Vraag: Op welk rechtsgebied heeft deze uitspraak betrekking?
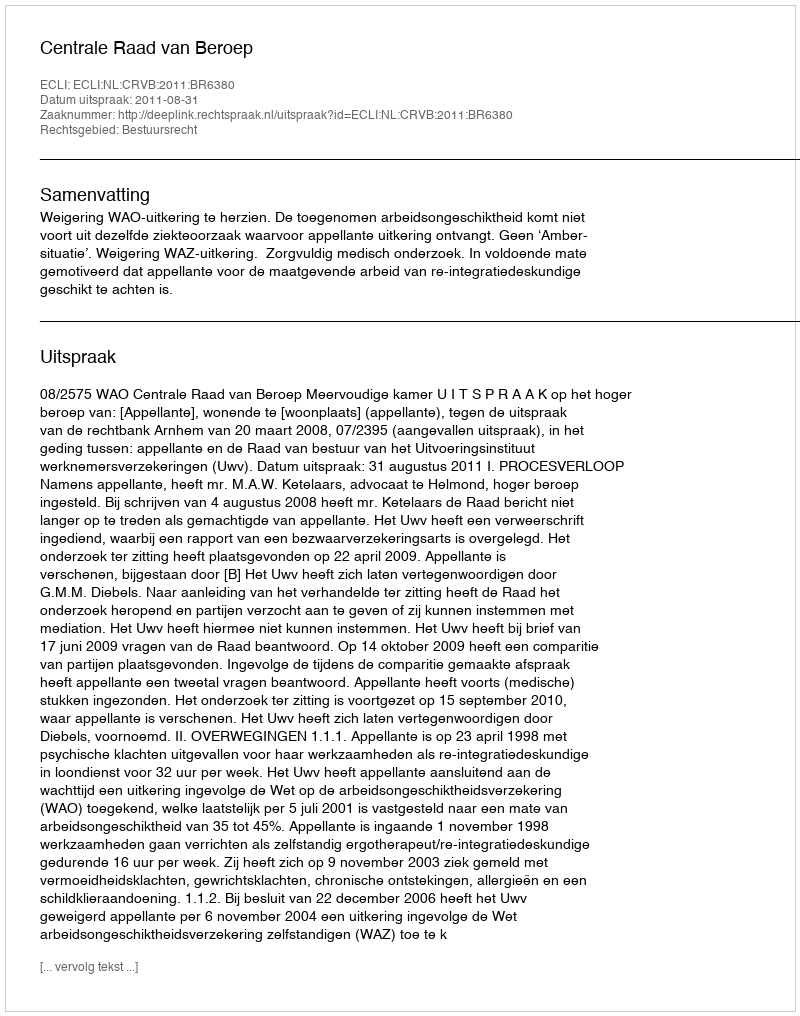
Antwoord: Bestuursrecht